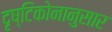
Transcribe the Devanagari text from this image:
दृष्टिकोनानुसार